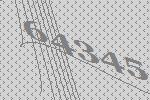
64345